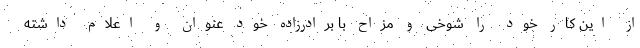
از این کار خود را شوخی و مزاح با برادرزاده خود عنوان و اعلام داشته